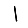
Digit: 1